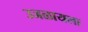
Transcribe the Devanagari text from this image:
उजळायला